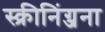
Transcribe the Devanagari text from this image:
स्क्रीनिंग्जना